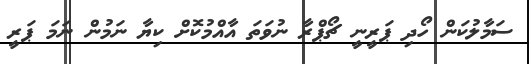
ސަމާލުކަން ހޯދި ޕަރީނީ ޗޯޕްރާ ނުވަތަ އާއްމުކޮށް ކިޔާ ނަމުން ނަމަ ޕަރީ